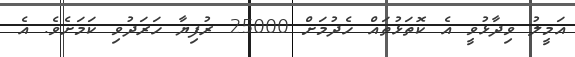
އަމީލު ވިދާޅުވީ އެ ކޮތަޅުތައް ހެދުމަށް 25000 ރުފިޔާ ހަރަދުވި ކަމަށެވެ. އެ